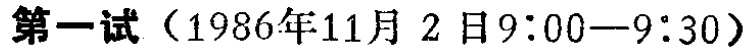
第一试（1986年11月 2 日9:00—9:30）